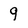
Character: 9